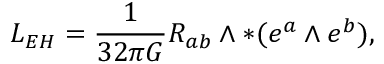
{ \cal L } _ { E H } = \frac { 1 } { 3 2 \pi G } R _ { a b } \wedge \ast ( e ^ { a } \wedge e ^ { b } ) ,